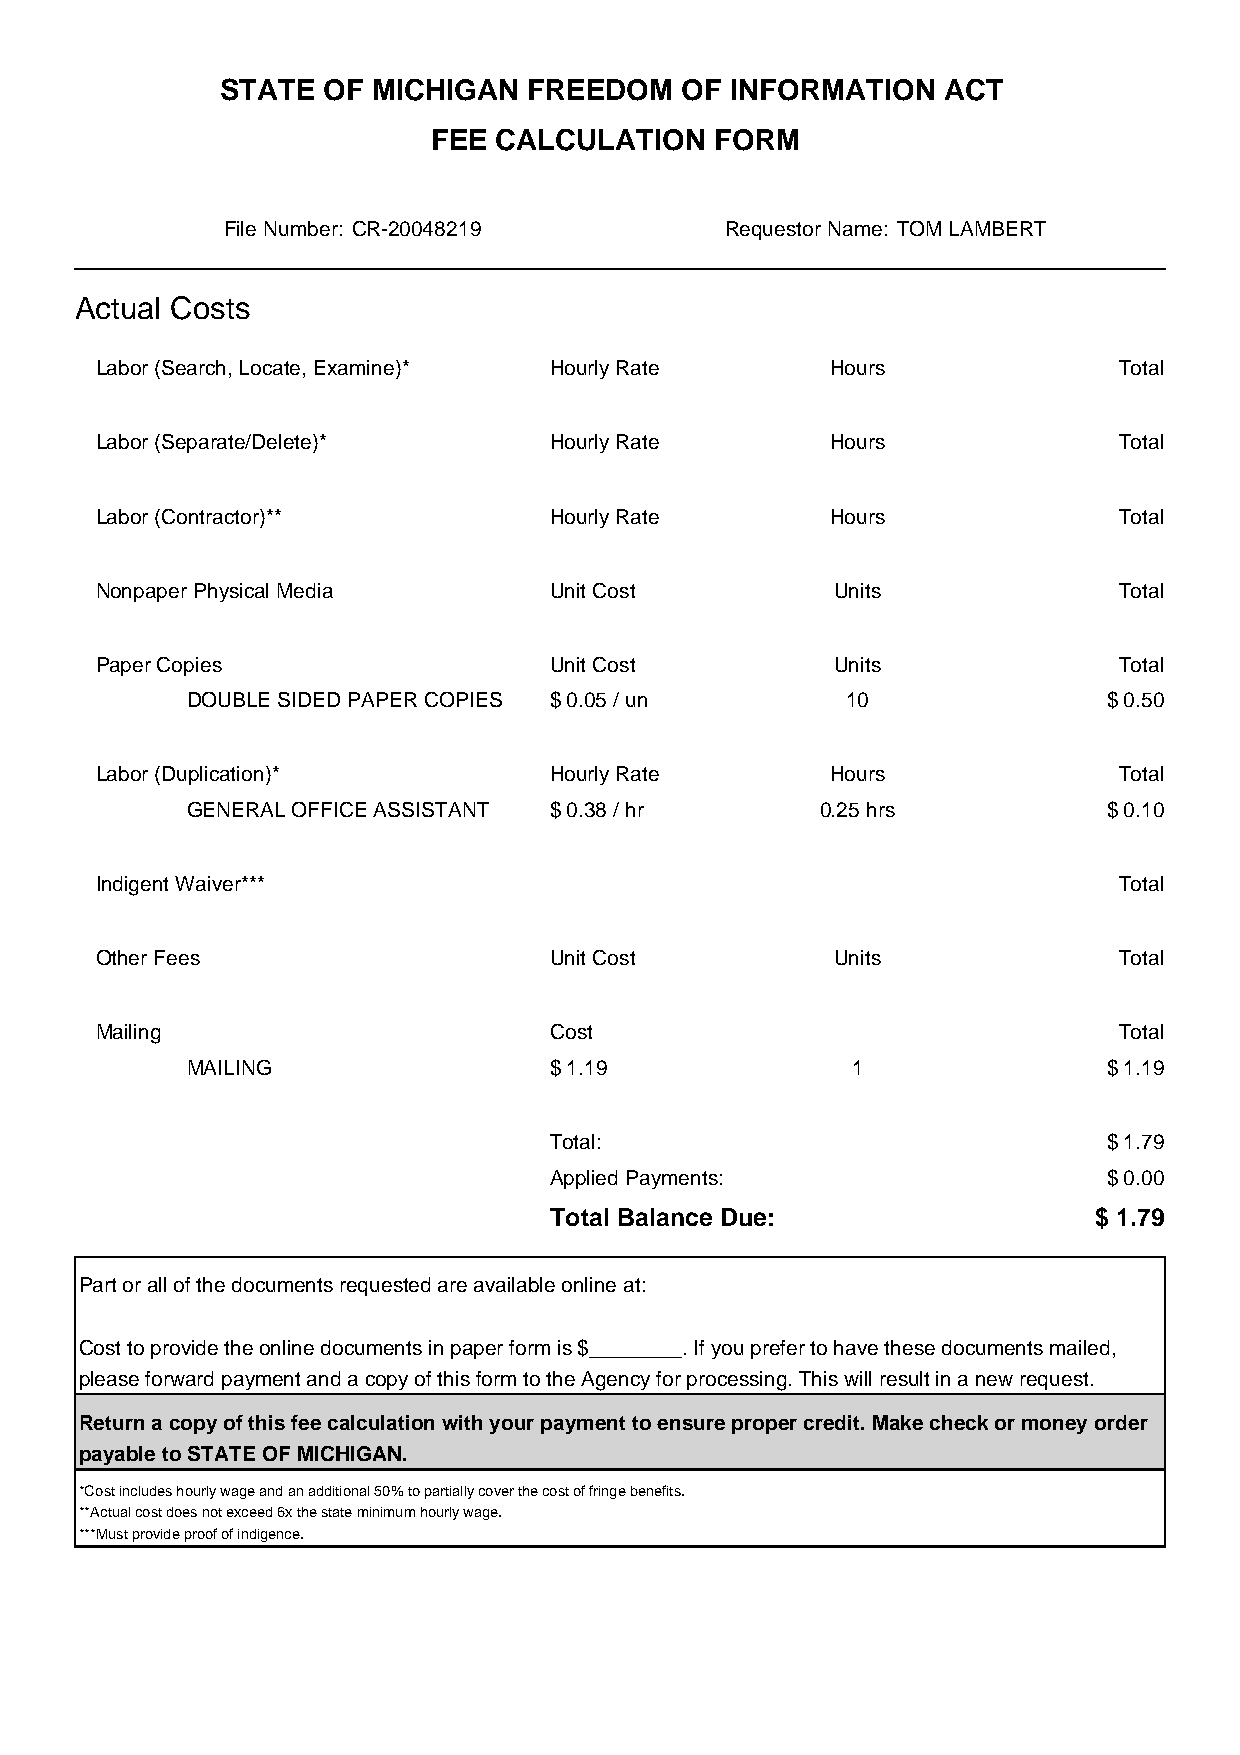
STATE OF  MICHIGAN  FREEDOM   OF INFORMATION   ACT
 FEE CALCULATION   FORM
 File Number: CR-20048219         Requestor Name: TOM LAMBERT
 Actual Costs
 Labor (Search, Locate, Examine)* Hourly Rate     Hours              Total
 Labor (Separate/Delete)*      Hourly Rate        Hours              Total
 Labor (Contractor)**          Hourly Rate        Hours              Total
 Nonpaper Physical Media       Unit Cost          Units              Total
 Paper Copies                  Unit Cost          Units              Total
 DOUBLE SIDED PAPER COPIES $ 0.05 / un       10               $ 0.50
 Labor (Duplication)*          Hourly Rate        Hours              Total
 GENERAL OFFICE ASSISTANT $ 0.38 / hr      0.25 hrs           $ 0.10
 Indigent Waiver***                                                  Total
 Other Fees                    Unit Cost          Units              Total
 Mailing                       Cost                                  Total
 MAILING                 $ 1.19              1                $ 1.19
 Total:                               $ 1.79
 Applied Payments:                    $ 0.00
 Total Balance Due:                   $ 1.79
 Part or all of the documents requested are available online at:
 Cost to provide the online documents in paper form is $________. If you prefer to have these documents mailed,
 please forward payment and a copy of this form to the Agency for processing. This will result in a new request.
 Return a copy of this fee calculation with your payment to ensure proper credit. Make check or money order
 payable to STATE OF MICHIGAN.
 *Cost includes hourly wage and an additional 50% to partially cover the cost of fringe benefits.
 **Actual cost does not exceed 6x the state minimum hourly wage.
 ***Must provide proof of indigence.